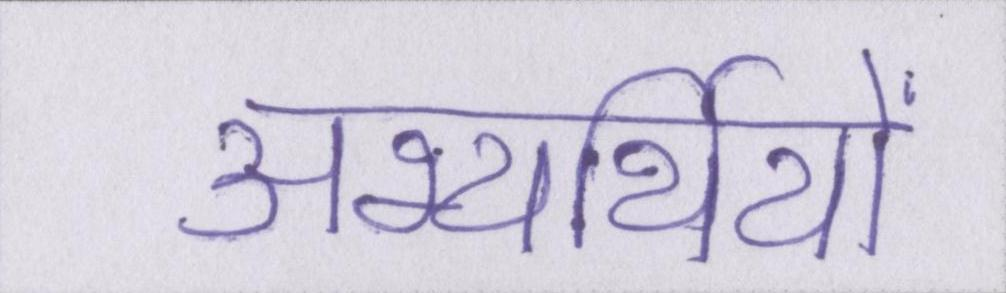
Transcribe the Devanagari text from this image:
अभ्यर्थियों